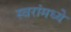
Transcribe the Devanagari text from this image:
स्वरांमध्ये